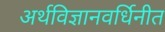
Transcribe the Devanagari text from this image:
अर्थविज्ञानवर्धिनीत